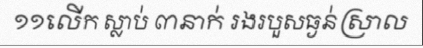
១១លើក ស្លាប់ ៣នាក់ រងរបួសធ្ងន់ស្រាល